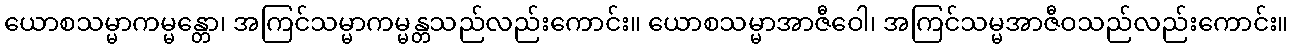
ယောစသမ္မာကမ္မန္တော၊ အကြင်သမ္မာကမ္မန္တသည်လည်းကောင်း။ ယောစသမ္မာအာဇီဝေါ၊ အကြင်သမ္မအာဇီဝသည်လည်းကောင်း။